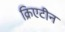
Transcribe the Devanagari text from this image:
क्रिएटीन